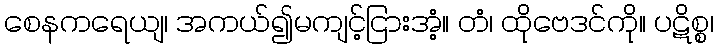
စေနကရေယျ၊ အကယ်၍မကျင့်ငြားအံ့။ တံ၊ ထိုဗေဒင်ကို။ ပဋိစ္စ၊